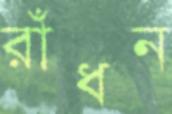
রাঁধন